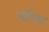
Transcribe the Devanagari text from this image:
सतिवा